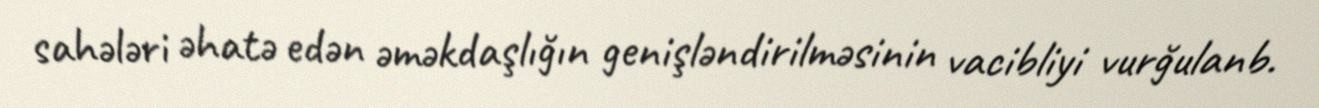
sahələri əhatə edən əməkdaşlığın genişləndirilməsinin vacibliyi vurğulanb.